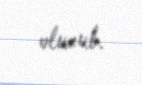
olunub.